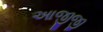
આજીજી